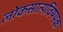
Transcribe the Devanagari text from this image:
लोकसात्यविषयक